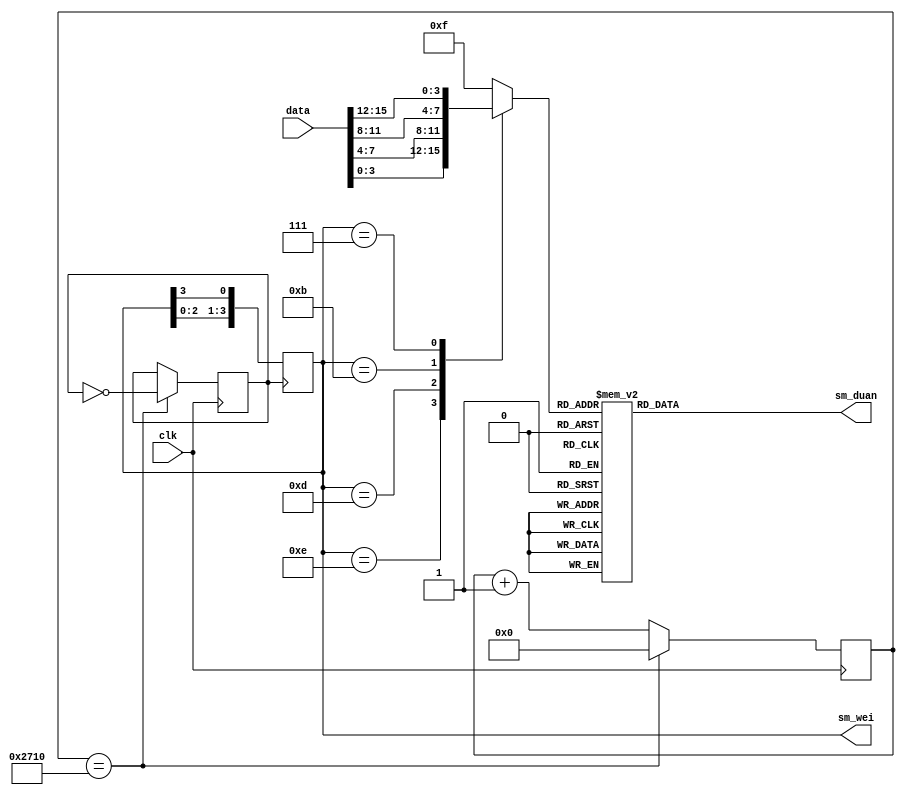
`timescale 1ns / 1ps
module display(clk,data,sm_wei,sm_duan); 
input clk;
input [15:0] data; 
output [3:0] sm_wei; 
output [6:0] sm_duan;
// 
integer clk_cnt = 0;
reg clk_400Hz; 
always @(posedge clk)
 if(clk_cnt==32'd10000)
 
begin clk_cnt <= 1'b0; clk_400Hz <= ~clk_400Hz;
end else clk_cnt <= clk_cnt + 1'b1;
//
 
reg [3:0]wei_ctrl=4'b1110; 
always @(posedge clk_400Hz)
 
wei_ctrl <= {wei_ctrl[2:0],wei_ctrl[3]}; // 
reg [3:0]duan_ctrl;
 
always @(wei_ctrl or data)
case(wei_ctrl) 
4'b1110:duan_ctrl=data[3:0]; 
4'b1101:duan_ctrl=data[7:4]; 
4'b1011:duan_ctrl=data[11:8]; 
4'b0111:duan_ctrl=data[15:12];
default:duan_ctrl=4'hf;
 endcase

// 
reg [6:0]duan;
always @(duan_ctrl) 
case(duan_ctrl) 
4'h0:duan=7'b100_0000;//0 
4'h1:duan=7'b111_1001;//1 
4'h2:duan=7'b010_0100;//2 
4'h3:duan=7'b011_0000;//3 
4'h4:duan=7'b001_1001;//4 
4'h5:duan=7'b001_0010;//5 
4'h6:duan=7'b000_0010;//6 
4'h7:duan=7'b111_1000;//7 
4'h8:duan=7'b000_0000;//8 
4'h9:duan=7'b001_0000;//9 
4'ha:duan=7'b000_1000;//a 
4'hb:duan=7'b000_0011;//b 
4'hc:duan=7'b100_0110;//c 
4'hd:duan=7'b010_0001;//d 
4'he:duan=7'b000_0111;//e       
4'hf:duan=7'b000_1110;//f
// 4'hf:duan=7'b111_1111;// 
default : duan = 7'b100_0000;//0
endcase
 
//----------------------------------------------------------
assign sm_wei = wei_ctrl; 
assign sm_duan = duan; 
endmodule